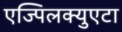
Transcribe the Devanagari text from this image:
एज्पिलक्युएटा